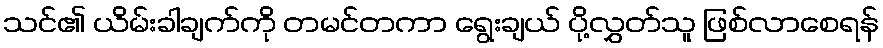
သင်၏ ယိမ်းခါချက်ကို တမင်တကာ ရွေးချယ် ပို့လွှတ်သူ ဖြစ်လာစေရန်